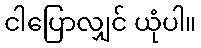
ငါပြောလျှင် ယုံပါ။